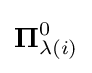
\mathbf {\Pi } _{\lambda (i)}^{0}